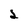
Character: 2